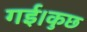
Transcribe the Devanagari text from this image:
गई।कुछ